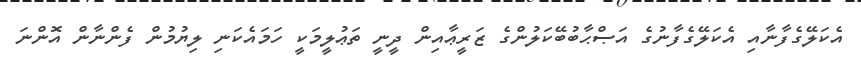
އެކަލޭގެފާނާއި އެކަލޭގެފާނުގެ އަޞްޙާބުބޭކަލުންގެ ޒަރީޢާއިން ދީނީ ތަޢުލީމަކީ ހަމައެކަނި ލިޔުމުން ފެންނާން އޮންނަ